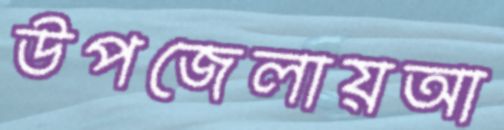
উপজেলায়আ